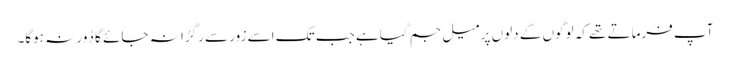
آپ فرماتے تھے کہ لوگوں کے دلوں پر میل جم گیا ہے جب تک اسے زور سے رگڑا نہ جائے گا دُور نہ ہوگا۔